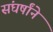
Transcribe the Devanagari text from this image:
संघर्षांने